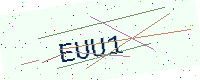
Text: EUU1